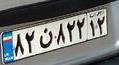
۸۲ن۸۲۲۱۲